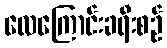
လေကြောင်းခရီးစဉ်